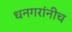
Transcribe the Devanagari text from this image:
धनगरांनीच